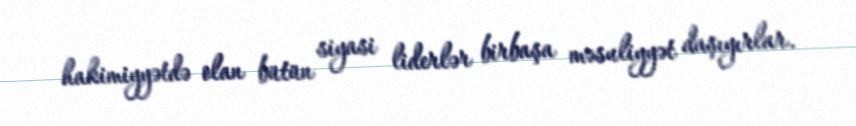
hakimiyyətdə olan bütün siyasi liderlər birbaşa məsuliyyət daşıyırlar.